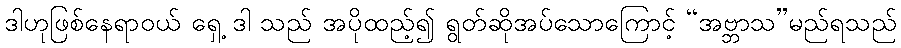
ဒါဟုဖြစ်နေရာဝယ် ရှေ့ ဒါ သည် အပိုထည့်၍ ရွတ်ဆိုအပ်သောကြောင့် “အဗ္ဘာသ”မည်ရသည်